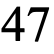
47